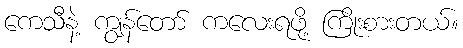
ကေသီနဲ့ ကျွန်တော် ကလေးရဖို့ ကြိုးစားတယ်။